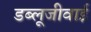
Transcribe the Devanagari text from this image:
डब्लूजीवाई